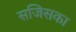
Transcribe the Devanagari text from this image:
सजिसका